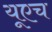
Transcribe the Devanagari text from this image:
यूएच